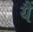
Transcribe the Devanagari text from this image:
यैं